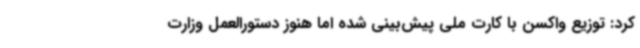
کرد: توزیع واکسن با کارت ملی پیش‌بینی شده اما هنوز دستورالعمل وزارت